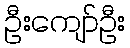
ဦးကျော်ဦး